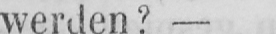
werden? -